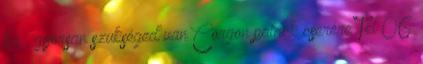
ha , gyorsan szükséged van Corgon palack cserére Tel:06